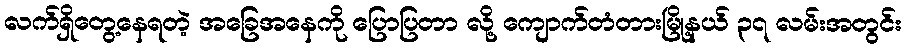
လက်ရှိတွေ့နေရတဲ့ အခြေအနေကို ပြောပြတာ လို့ ကျောက်တံတားမြို့နယ် ၃၇ လမ်းအတွင်း